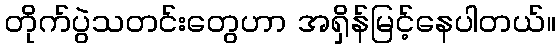
တိုက်ပွဲသတင်းတွေဟာ အရှိန်မြင့်နေပါတယ်။